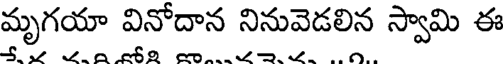
మృగయా వినోదాన నినువెడలిన స్వామి ఈ